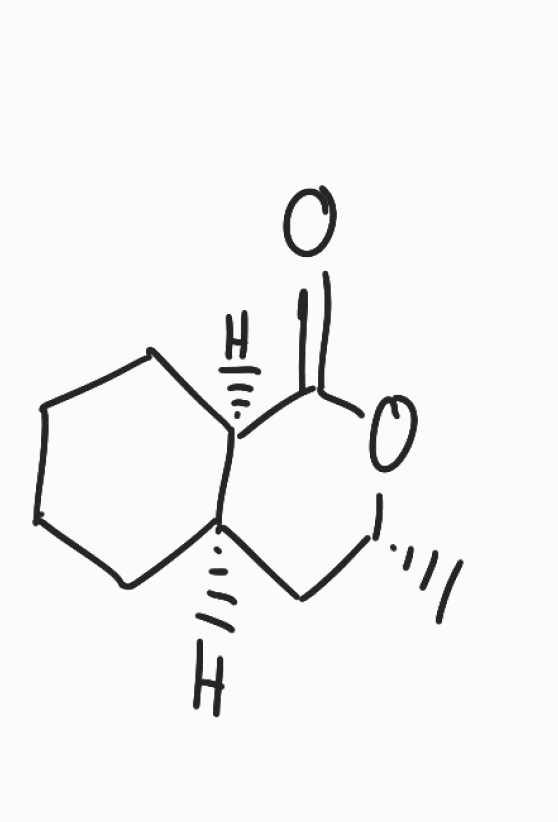
Simplified molecular-input line-entry system (SMILES) notation of the given molecule:
C[C@@H]1C[C@H]2CCCC[C@H]2C(=O)O1